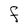
Character: F